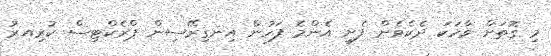
މި ގޮތަށް ވާހަކަ ދެކެވެން ފެށީ އެންމެ ފަހުން އިނގިރޭސިން ޕްރެކްޓިސް ކުރިއރު